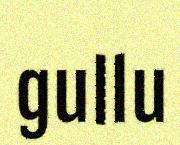
gullu